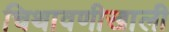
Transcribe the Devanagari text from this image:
चिथावणीखाली